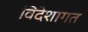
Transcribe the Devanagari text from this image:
विदेशागत